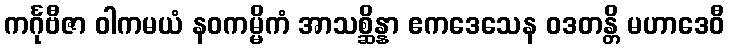
ကင်္ဂုဗီဇာ ဝါကမယံ နဝကမ္မိကံ အာသစ္ဆိန္နာ ဧကဒေသေန ဝဒတန္တိ မဟာဒေဝီ